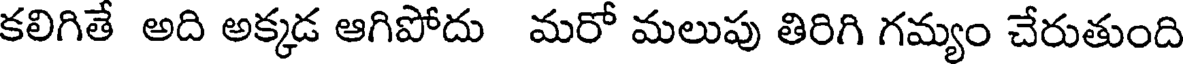
కలిగితే అది అక్కడ ఆగిపోదు మరో మలుపు తిరిగి గమ్యం చేరుతుంది